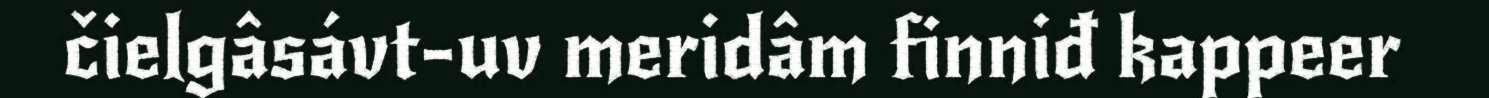
čielgâsávt-uv meridâm finniđ kappeer